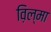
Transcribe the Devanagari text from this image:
व़िल्मा